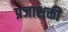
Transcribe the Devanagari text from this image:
प्रजाशक्ती